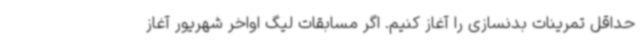
حداقل تمرینات بدنسازی را آغاز کنیم. اگر مسابقات لیگ اواخر شهریور آغاز